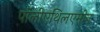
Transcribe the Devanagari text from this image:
पॉलीएथिलएमीन